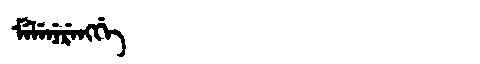
Manchu: ᠮᡝᠯᡝᠨᡝᡵᡝᠩᡤᡝ
Romanization: MELENERENGGE